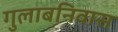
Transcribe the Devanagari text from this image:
गुलाबनिवास